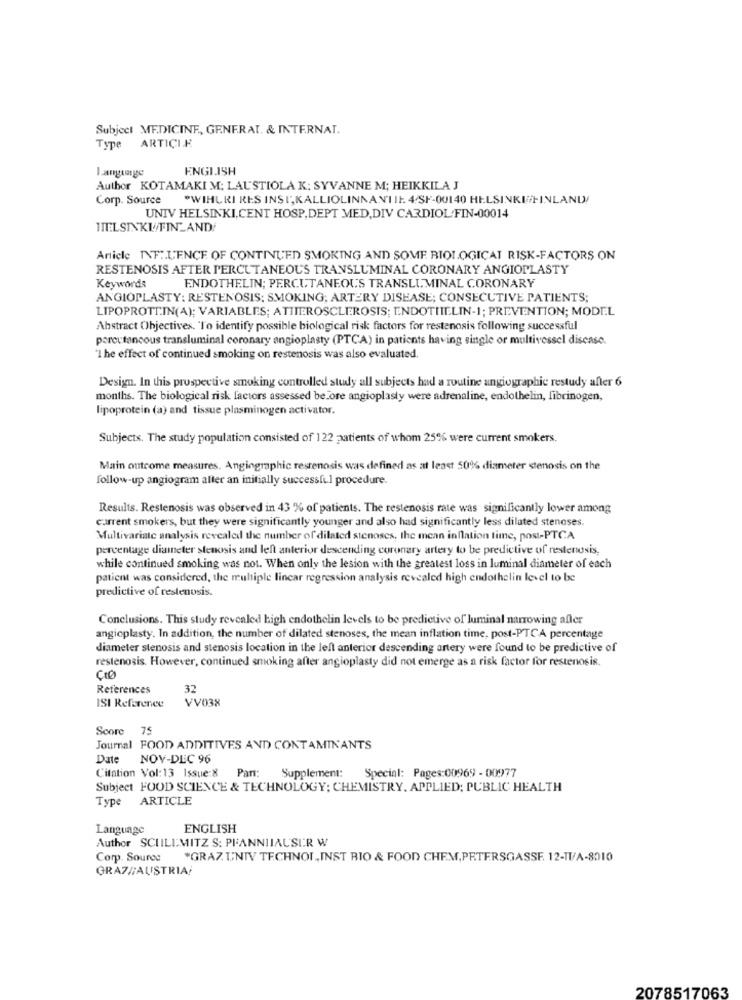
Subject MEDICINE, GENERAL. & INTERNAT.
Type ARTICIF
ENGLISH
Author KOTAMAKI M: LAUSTIOLA K: SYVANNE M; HEIKKILA J
Corp. Source
"WIHURI RES INSI,KALLIOLINNANIIE. 4/SF-00140 HELSINKIFINLAND/
UNIV HELSINKI,CENT HOSP, DEPT MED,DIV CARDIOL FIN-00014
HELSINKI/FINLAND/
Article INF :. L'ENCE OF CONTINUED SMOKING AND SOME BIOLOGICAL RISK-FACTORS ON
RESTENOSIS AFTER PERCUTANEOUS TRANSLUMINAL CORONARY ANGIOPLASTY
Keywords
ENDOTHELIN; PERCUTANEOUS TRANSLUMINAL CORONARY
ANGIOPLASTY: RESTENOSIS: SMOKING; ARTERY DISEASE; CONSECUTIVE PATIENTS;
LIPOPROTEIN(A); VARIABLES: ATITEROSCLEROSIS; ENDOTHELIN-1; PREVENTION; MODEL
Abstract Objectives. "To identify possible biological risk factors for restenosis following successful
percutaneous transluminal coronary angioplasty (PTCA) in patients having single or multivessel disease.
"I he effect of continued smoking on restenosis was also evaluated.
Design. In this prospective smoking controlled study all subjects had a routine angiographie restudy after 6
months. The biological risk factors assessed before angioplasty were adrenaline, endothelin, fibrinogen,
lipoprotein (a) and tissue plasminogen activator.
Subjects. The study population consisted of 122 patients of whom 25% were current smokers.
Main outcome measures. Angingraphic restenosis was defined as at least 50% diameter stenosis on the
follow-up angiogram alter an initially successful procedure.
Results. Restenosis was observed in 43 % of patients. The restenosis rate was significantly lower among
current smokers, but they were significantly younger and also had significantly less dilated stenoses.
Multivariate analysis revealed the number of dilated stenoses, the mean inflation time, post-PTCA
percentage diameter stenosis and left anterior descending coronary artery to be predictive of restenosis,
while continued smoking was not. When only the lesion with the greatest loss in luminal diameter of each
patient was considered, the multiple linear regression analysis revealed high endothelin level to be
predictive of restenosis.
Conclusions. This study revealed high endothelin levels to be predictive of luminal narrowing afler
angioplasty. In addition, the number of dilated stenoses, the mean inflation time, post-PTCA percentage
diameter stenosis and stenosis location in the left anterior descending artery were found to be predictive of
restenosis. However, continued smoking after angioplasty did not emerge as a risk factor for restenosis.
References
32
ISI Reference
VV038
Score 75
Journal FOOD ADDITIVES AND CONTAMINANTS
Date
NOV-DEC 96
Citation Vol: 13 Issue:8
Pan:
Supplement: Special: Pages:00969 - 00977
Subject FOOD SCIENCE & TECHNOLOGY: CHEMISTRY. APPLIED; PUBLIC HEALTH
Type
ARTICLE
Language
ENGLISH
Author SCUILLMITZ S: PFANNIIAUSER W
Corp. Source
*GRAZ UNIV TECHNOL ,, INST BIO & FOOD CHEM,PETERSGASSE. 12-II/A-8010
GRAZ//AUSTRIA/
2078517063